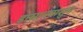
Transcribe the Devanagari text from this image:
डासानपासुन